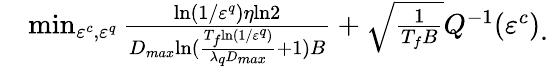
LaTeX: \begin{array}{rl}&{\operatorname*{min}_{\varepsilon^{c},\varepsilon^{q}}\frac{{\mathrm{ln}(1/\varepsilon^{q})\eta\mathrm{ln}2}}{D_{max}{\mathrm{ln}(\frac{T_{f}{\mathrm{ln}(1/\varepsilon^{q})}}{\lambda_{q}D_{max}}+1)B}}+\sqrt{\frac{1}{T_{f}B}}Q^{-1}(\varepsilon^{c})}\end{array}.